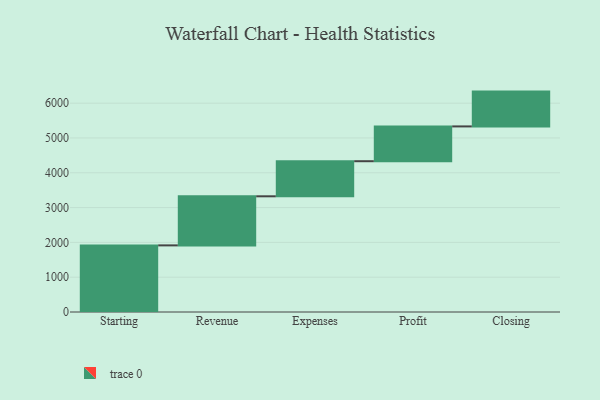
{"axis": {"x": "Step", "y": "Value"}, "legend": [""], "data": [{"x": "Starting", "y": 1914.0, "type": ""}, {"x": "Revenue", "y": 1410.0, "type": ""}, {"x": "Expenses", "y": 1008.0, "type": ""}, {"x": "Profit", "y": 1000, "type": ""}, {"x": "Closing", "y": 1000, "type": ""}]}